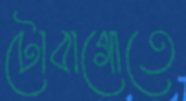
টোবাগোতে